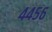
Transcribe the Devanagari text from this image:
४४५६